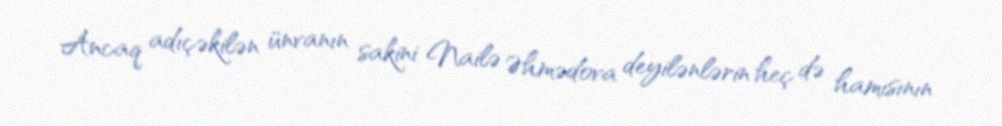
Ancaq adıçəkilən ünvanın sakini Nailə Əhmədova deyilənlərin heç də hamısının